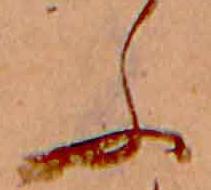
ふ